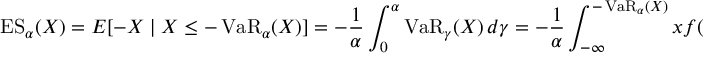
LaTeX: \operatorname { E S } _ { \alpha } ( X ) = E [ - X \mid X \leq - \operatorname { V a R } _ { \alpha } ( X ) ] = - { \frac { 1 } { \alpha } } \int _ { 0 } ^ { \alpha } \operatorname { V a R } _ { \gamma } ( X ) \, d \gamma = - { \frac { 1 } { \alpha } } \int _ { - \infty } ^ { - \operatorname { V a R } _ { \alpha } ( X ) } x f ( x ) \, d x .